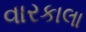
વારકાલા